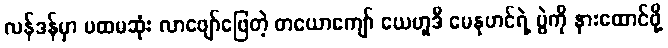
လန်ဒန်မှာ ပထမဆုံး လာဖျော်ဖြေတဲ့ တယောကျော် ယေဟူဒီ မေနုဟင်ရဲ့ ပွဲကို နားထောင်ဖို့